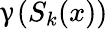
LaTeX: \upgamma(S_{k}(x))